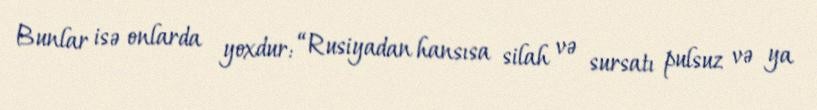
Bunlar isə onlarda yoxdur: “Rusiyadan hansısa silah və sursatı pulsuz və ya